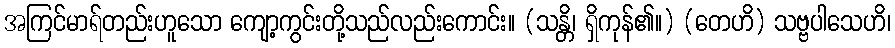
အကြင်မာရ်တည်းဟူသော ကျော့ကွင်းတို့သည်လည်းကောင်း။ (သန္တိ၊ ရှိကုန်၏။) (တေဟိ) သဗ္ဗပါသေဟိ၊